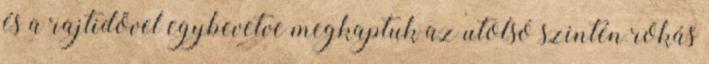
és a rajtidővel egybevetve megkaptuk az utolsó szintén rókás